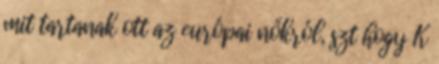
mit tartanak ott az európai nőkról, szt hogy K